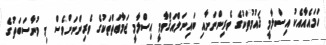
ހަމައެއާއެކު އިސްލާމީ ޤައުމުތަކުގެ ވެރިންނަށާއި ބައިނަލްއަޤްވާމީ އިސްލާމީ ޖަމާޢަތްތަކުގެ ވެރިންނަށްވެސް މި މުނާސަބަތުގެ